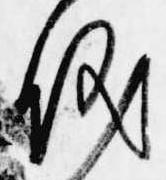
儀